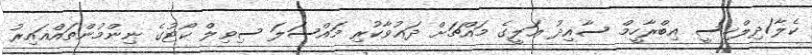
ކެލާ/ދިލްޚިސީ އިބްރާހީމް ސާއިދު ޢަލީގެ މައްޗަށް ދަޢުވާކުރި މައްސަލަ ސިވިލް ކޯޓުގެ ނިންމުންތައްޣައިރު